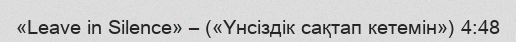
«Leave in Silence» – («Үнсіздік сақтап кетемін») 4:48